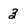
Character: 3